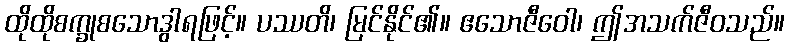
ထိုထိုစက္ခုစသောဒွါရဖြင့်။ ပဿတိ၊ မြင်နိုင်၏။ ဧသောဇီဝေါ၊ ဤအသက်ဇီဝသည်။